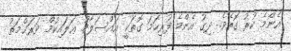
އެންމެ ކުރު ގޮތެވެ. ދިގު އެންމެ ފުރިހަމަ ގޮތަކީ އައްސަލާމު ޢަލައިކުމް ވަރަޙްމަތު